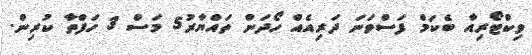
ވިކްޓޯރިއާ ބެކަމް ފަސްވަނަ ދަރިއެއް ހޯދަން ތައްޔާރު5 މަސް 3 ހަފްތާ ކުރިން.